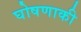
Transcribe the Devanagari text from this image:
घोषणाकी